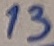
Text: 13